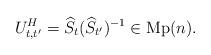
LaTeX: \begin{align*}U_{t,t^{\prime}}^{H}=\widehat{S}_{t}(\widehat{S}_{t^{\prime}})^{-1}\in\operatorname*{Mp}(n). \end{align*}